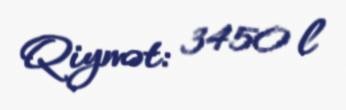
Qiymət: 3450 l